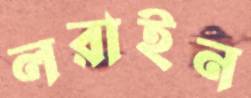
লরাইন